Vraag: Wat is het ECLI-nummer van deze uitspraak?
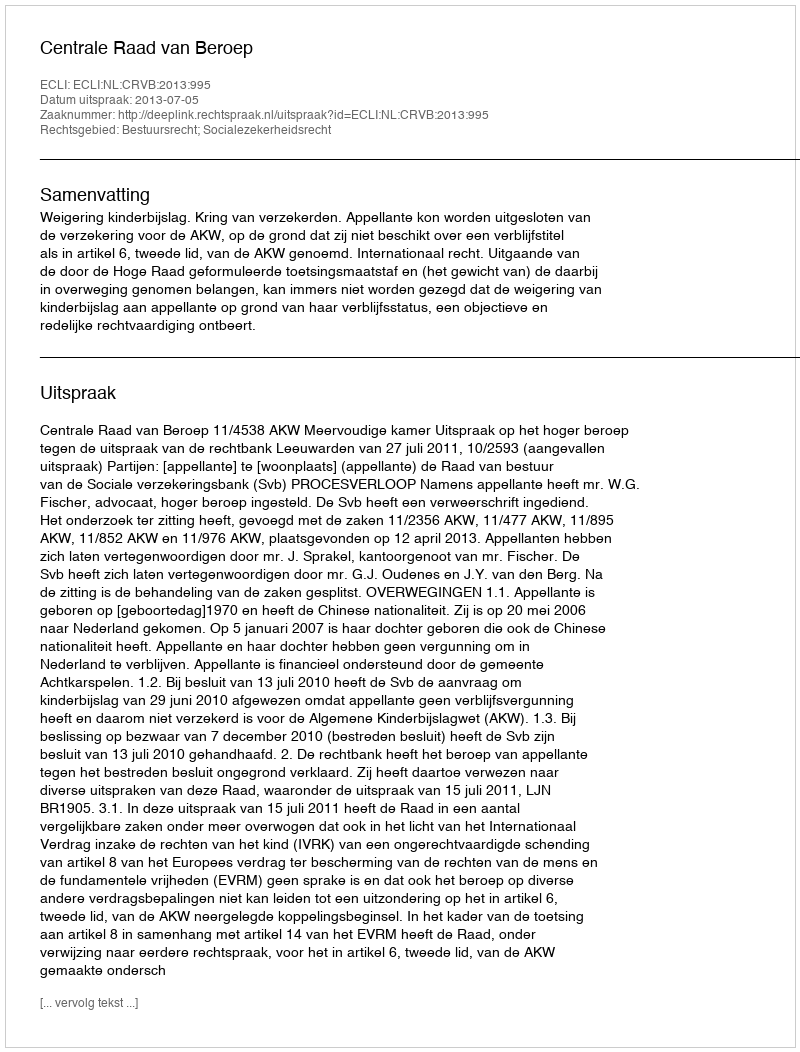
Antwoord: ECLI:NL:CRVB:2013:995